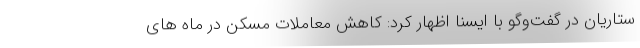
ستاریان در گفت‌وگو با ایسنا اظهار کرد: کاهش معاملات مسکن در ماه های